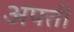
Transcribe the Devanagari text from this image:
अपत्ती